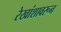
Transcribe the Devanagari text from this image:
रेखांशावरून